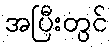
အပြီးတွင်